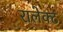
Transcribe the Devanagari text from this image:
रालेक्ट